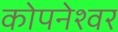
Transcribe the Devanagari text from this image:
कोपनेश्वर